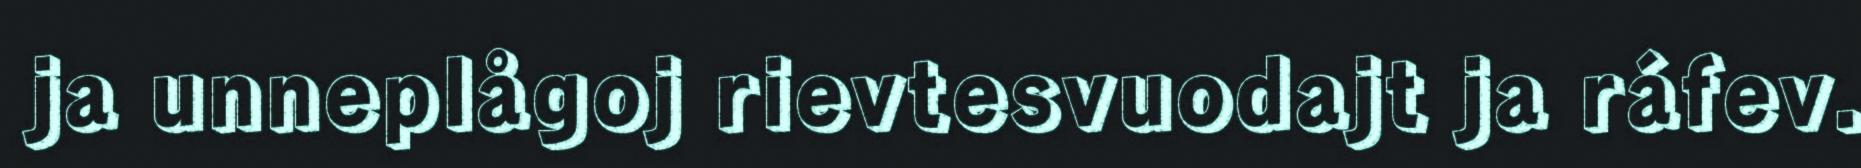
ja unneplågoj rievtesvuodajt ja ráfev.